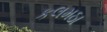
કલમઠા